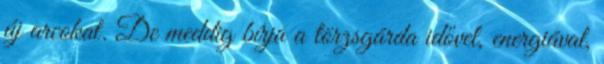
új arcokat. De meddig bírja a törzsgárda idővel, energiával,